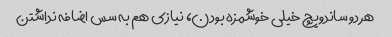
هر دو ساندویچ خیلی خوشمزه بودن، نیازی هم به سس اضافه نداشتن